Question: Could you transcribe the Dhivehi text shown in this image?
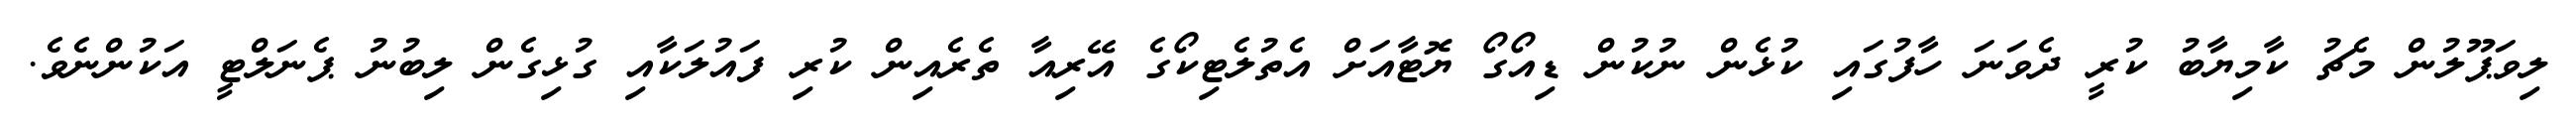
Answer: ލިވަޕޫލުން މެޗު ކާމިޔާބު ކުރީ ދެވަނަ ހާފުގައި ކުޅެން ނުކުން ޑިއޯގޯ ޔޮޓާއަށް އެތުލެޓިކޯގެ އޭރިއާ ތެރެއިން ކުރި ފައުލަކާއި ގުޅިގެން ލިބުނު ޕެނަލްޓީ އަކުންނެވެ.